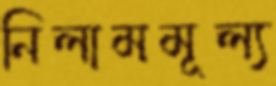
নিলামমূল্য